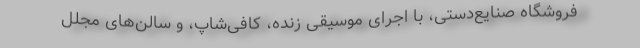
فروشگاه صنایع‌دستی، با اجرای موسیقی زنده، کافی‌شاپ، و سالن‌های مجلل